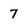
Character: 7